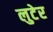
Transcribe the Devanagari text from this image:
लुटेर